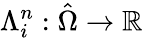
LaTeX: \Lambda_{i}^{n}:\hat{\Omega}\to\mathbb R